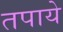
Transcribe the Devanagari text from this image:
तपाये